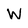
Character: w